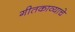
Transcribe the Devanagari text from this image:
गीतकाव्याचे